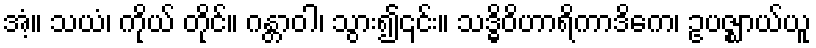
အံ့။ သယံ၊ ကိုယ် တိုင်။ ဂန္တာဝါ၊ သွား၍၎င်း။ သဒ္ဓိဝိဟာရိကာဒိကေ၊ ဥပဇ္ဈာယ်ယူ